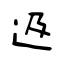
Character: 﨤